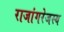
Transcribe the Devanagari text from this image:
राजांगरेजस्य